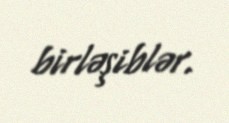
birləşiblər.